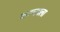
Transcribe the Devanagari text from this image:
करयबला